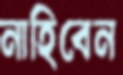
নাহিবেন